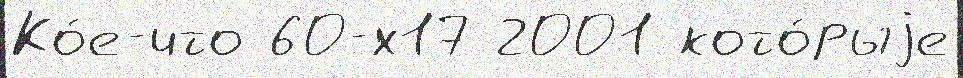
Ко́е-что 60-х17 2001 кото́рыjе